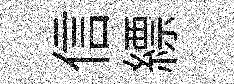
信縹